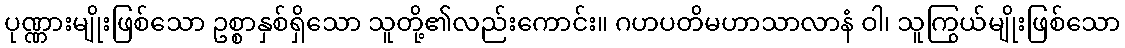
ပုဏ္ဏားမျိုးဖြစ်သော ဥစ္စာနှစ်ရှိသော သူတို့၏လည်းကောင်း။ ဂဟပတိမဟာသာလာနံ ဝါ၊ သူကြွယ်မျိုးဖြစ်သော